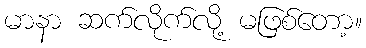
မာနာ ဆက်လိုက်လို့ မဖြစ်တော့။